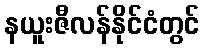
နယူးဇီလန်နိုင်ငံတွင်